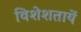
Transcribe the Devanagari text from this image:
विशेशतायें